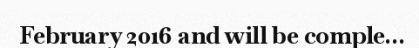
February 2016 and will be comple...